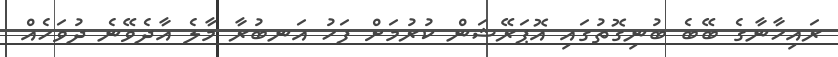
ރައިހާނާގެ ބޭބެ ބުނިގޮތުގައި އޮޕަރޭޝަން ކުރުމަށް ފަހު އަނބުރާ މާލެ އާދެވޭނެ ދުވަހެއް